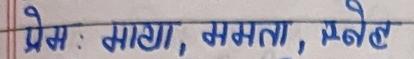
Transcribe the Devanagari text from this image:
प्रेम : माया, समता , प्रवेत